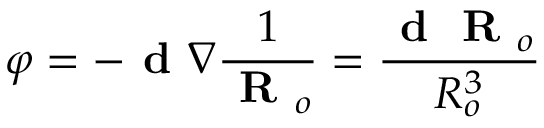
\varphi = - \textbf { d } \nabla \frac { 1 } { \textbf { R } _ { o } } = \frac { \textbf { d } \textbf { R } _ { o } } { R _ { o } ^ { 3 } }